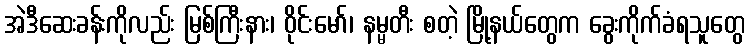
အဲဒီဆေးခန်းကိုလည်း မြစ်ကြီးနား၊ ဝိုင်းမော်၊ နမ္မတီး စတဲ့ မြို့နယ်တွေက ခွေးကိုက်ခံရသူတွေ